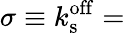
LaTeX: \sigma\equiv k_{\mathrm{s}}^{\mathrm{off}}=